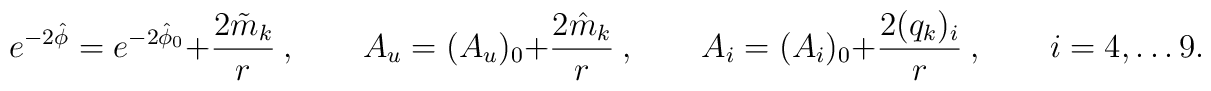
e^{-2\hat \phi}=e^{-2\hat \phi_0} +  {2\tilde m_k\over r}\ ,\qquad A_u = (A_u)_0 + {2\hat m_k\over r}\ , \qquad A_i = (A_i)_0 + {2 (q_k)_i \over r}\ ,\qquad i=4, \dots 9.